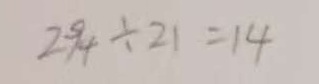
2 9 4 \div 2 1 = 1 4